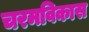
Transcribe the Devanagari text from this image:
चरमविकास